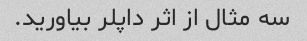
سه مثال از اثر داپلر بیاورید.